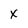
Character: x